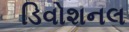
ડિવોશનલ